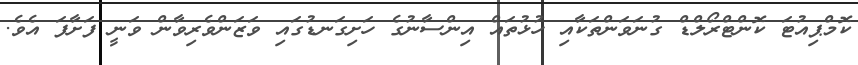
ކޮމްޕިއުޓަ ކޮންޓްރޯލްޑް ގުނަވަންތަކާއި ހުޅުތައް އިންސާނުގެ ހަށިގަނޑުގައި ވަޒަންވެރިވާން ވަނީ ފަށާފަ އެވެ.